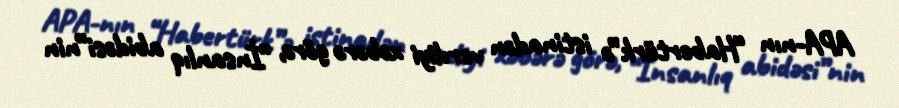
APA-nın “Habertürk”ə istinadən verdiyi xəbərə görə, “İnsanlıq abidəsi”nin